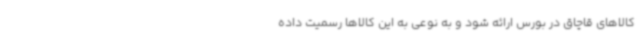
کالاهای قاچاق در بورس ارائه شود و به نوعی به این کالاها رسمیت داده